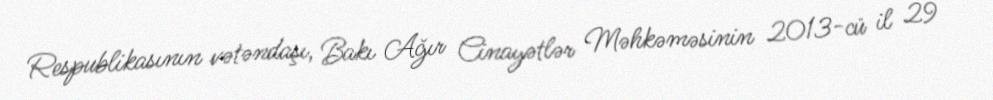
Respublikasının vətəndaşı, Bakı Ağır Cinayətlər Məhkəməsinin 2013-cü il 29